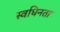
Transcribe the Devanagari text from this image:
स्वधिनता